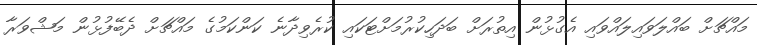
މައްޗަށް ބައްލަވައިލައްވައި އެގުޅުން އިތުރަށް ބަދަހިކުރުމަށްޓަކައި ކުރެވިދާނެ ކަންކަމުގެ މައްޗަށް ދެބޭފުޅުން މަޝްވަރާ